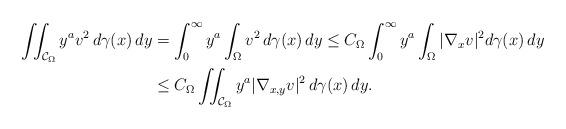
LaTeX: \begin{align*}\iint_{\mathcal{C}_{\Omega}}y^av^{2}\,d\gamma(x)\,dy & =\int_{0}^{\infty}y^a\int_{\Omega}v^{2}\,d\gamma(x)\,dy\leq C_{\Omega}\int_{0}^{\infty}y^a\int_{\Omega}|\nabla_{x}v|^{2}d\gamma(x)\,dy\\& \leq C_{\Omega}\iint_{\mathcal{C}_{\Omega}}y^a|\nabla_{x,y}v|^{2}\,d\gamma(x)\,dy.\end{align*}